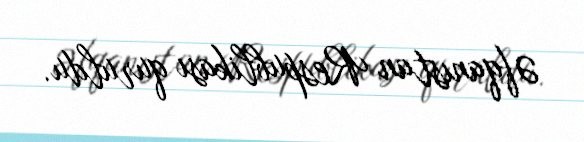
Əfqanıstan Respublikası quruldu.